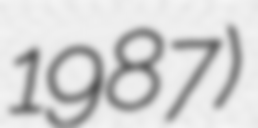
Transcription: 1987)